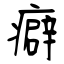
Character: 癖